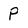
Character: p